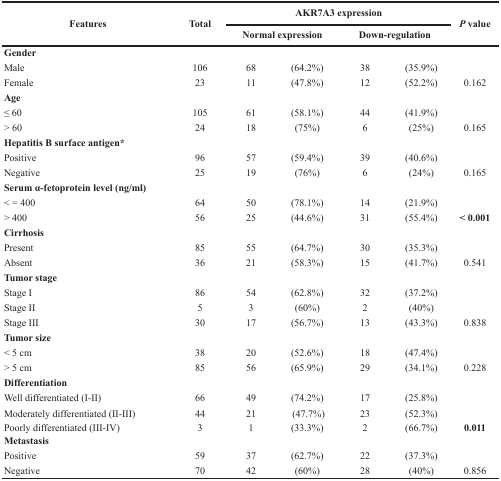
<table><thead><tr><td rowspan="2"><b>Features</b></td><td rowspan="2"><b>Total</b></td><td colspan="4"><b>AKR7A3 expression</b></td><td rowspan="2"><b><i>P</i> value</b></td></tr><tr><td colspan="2"><b>Normal expression</b></td><td colspan="2"><b>Down-regulation</b></td></tr></thead><tbody><tr><td><b>Gender</b></td><td></td><td></td><td></td><td></td><td></td><td></td></tr><tr><td>Male</td><td>106</td><td>68</td><td>(64.2%)</td><td>38</td><td>(35.9%)</td><td></td></tr><tr><td>Female</td><td>23</td><td>11</td><td>(47.8%)</td><td>12</td><td>(52.2%)</td><td>0.162</td></tr><tr><td><b>Age</b></td><td></td><td></td><td></td><td></td><td></td><td></td></tr><tr><td>≤ 60</td><td>105</td><td>61</td><td>(58.1%)</td><td>44</td><td>(41.9%)</td><td></td></tr><tr><td>&gt; 60</td><td>24</td><td>18</td><td>(75%)</td><td>6</td><td>(25%)</td><td>0.165</td></tr><tr><td><b>Hepatitis B surface antigen*</b></td><td></td><td></td><td></td><td></td><td></td><td></td></tr><tr><td>Positive</td><td>96</td><td>57</td><td>(59.4%)</td><td>39</td><td>(40.6%)</td><td></td></tr><tr><td>Negative</td><td>25</td><td>19</td><td>(76%)</td><td>6</td><td>(24%)</td><td>0.165</td></tr><tr><td><b>Serum α-fetoprotein level (ng/ml)</b></td><td></td><td></td><td></td><td></td><td></td><td></td></tr><tr><td>&lt; = 400</td><td>64</td><td>50</td><td>(78.1%)</td><td>14</td><td>(21.9%)</td><td></td></tr><tr><td>&gt; 400</td><td>56</td><td>25</td><td>(44.6%)</td><td>31</td><td>(55.4%)</td><td><b>&lt; 0.001</b></td></tr><tr><td><b>Cirrhosis</b></td><td></td><td></td><td></td><td></td><td></td><td></td></tr><tr><td>Present</td><td>85</td><td>55</td><td>(64.7%)</td><td>30</td><td>(35.3%)</td><td></td></tr><tr><td>Absent</td><td>36</td><td>21</td><td>(58.3%)</td><td>15</td><td>(41.7%)</td><td>0.541</td></tr><tr><td><b>Tumor stage</b></td><td></td><td></td><td></td><td></td><td></td><td></td></tr><tr><td>Stage I</td><td>86</td><td>54</td><td>(62.8%)</td><td>32</td><td>(37.2%)</td><td></td></tr><tr><td>Stage II</td><td>5</td><td>3</td><td>(60%)</td><td>2</td><td>(40%)</td><td></td></tr><tr><td>Stage III</td><td>30</td><td>17</td><td>(56.7%)</td><td>13</td><td>(43.3%)</td><td>0.838</td></tr><tr><td><b>Tumor size</b></td><td></td><td></td><td></td><td></td><td></td><td></td></tr><tr><td>&lt; 5 cm</td><td>38</td><td>20</td><td>(52.6%)</td><td>18</td><td>(47.4%)</td><td></td></tr><tr><td>&gt; 5 cm</td><td>85</td><td>56</td><td>(65.9%)</td><td>29</td><td>(34.1%)</td><td>0.228</td></tr><tr><td><b>Differentiation</b></td><td></td><td></td><td></td><td></td><td></td><td></td></tr><tr><td>Well differentiated (I-II)</td><td>66</td><td>49</td><td>(74.2%)</td><td>17</td><td>(25.8%)</td><td></td></tr><tr><td>Moderately differentiated (II-III)</td><td>44</td><td>21</td><td>(47.7%)</td><td>23</td><td>(52.3%)</td><td></td></tr><tr><td>Poorly differentiated (III-IV)</td><td>3</td><td>1</td><td>(33.3%)</td><td>2</td><td>(66.7%)</td><td><b>0.011</b></td></tr><tr><td><b>Metastasis</b></td><td></td><td></td><td></td><td></td><td></td><td></td></tr><tr><td>Positive</td><td>59</td><td>37</td><td>(62.7%)</td><td>22</td><td>(37.3%)</td><td></td></tr><tr><td>Negative</td><td>70</td><td>42</td><td>(60%)</td><td>28</td><td>(40%)</td><td>0.856</td></tr></tbody></table>